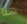
هنا